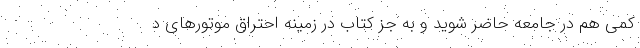
کمی هم در جامعه حاضر شوید و به جز کتاب در زمینه احتراق موتورهای د